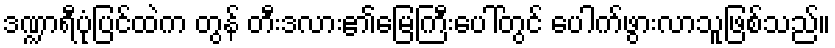
ဒဏ္ဍာရီပုံပြင်ထဲက တွန် တီးဒလား၏မြေကြီးပေါ်တွင် ပေါက်ဖွားလာသူဖြစ်သည်။